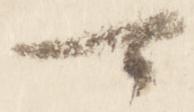
可